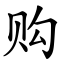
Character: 购